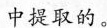
中提取的。